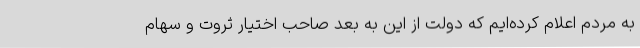
به مردم اعلام کرده‌ایم که دولت از این به بعد صاحب اختیار ثروت و سهام